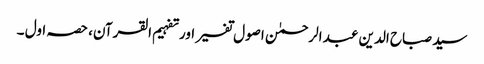
سید صباح الدین عبد الرحمٰن اصول تفسیر اور تفہیم القرآن، حصہ اول ۔